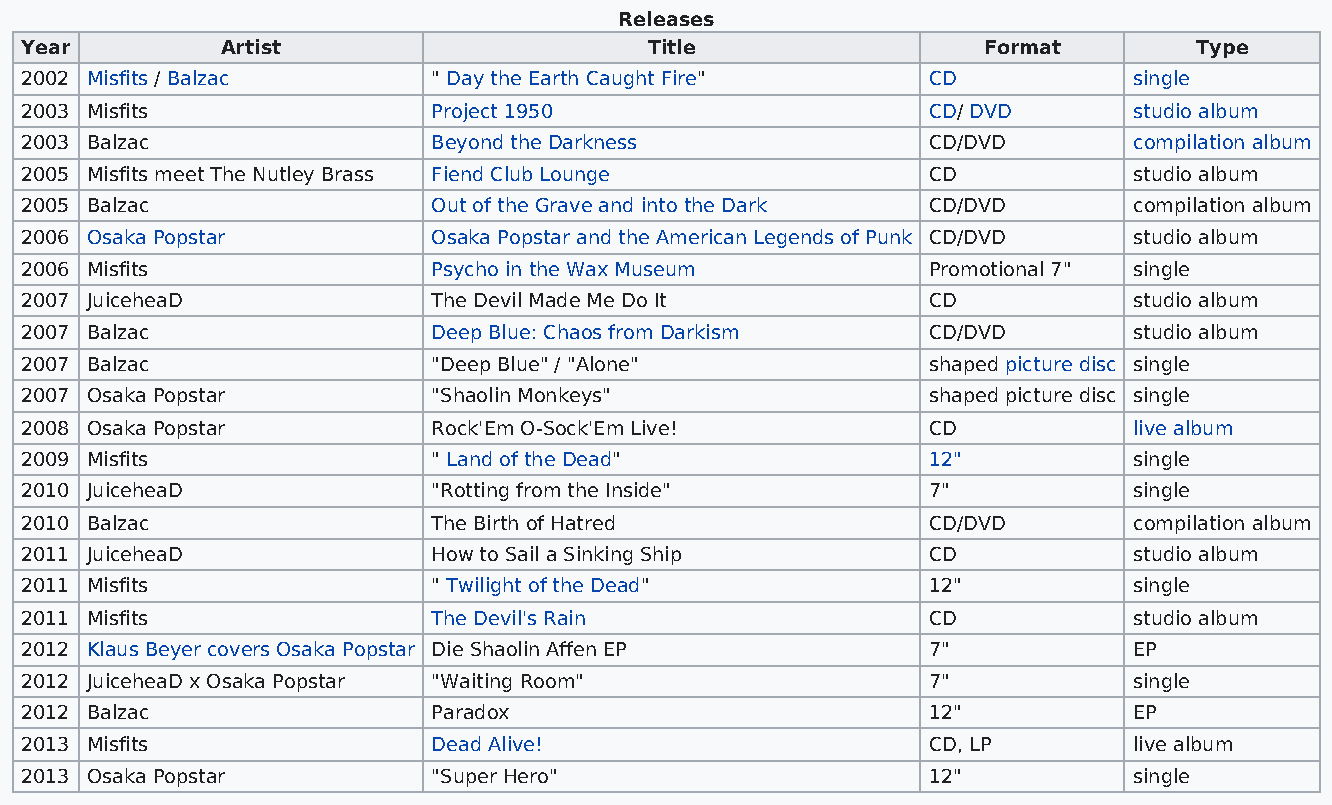
Releases
 Year          Artist                      Title                 Format        Type
 2002 Misfits / Balzac       " Day the Earth Caught Fire"    CD            single
 2003 Misfits                Project 1950                    CD/ DVD       studio album
 2003 Balzac                 Beyond the Darkness             CD/DVD        compilation album
 2005 Misfits meet The Nutley Brass Fiend Club Lounge        CD            studio album
 2005 Balzac                 Out of the Grave and into the Dark CD/DVD     compilation album
 2006 Osaka Popstar          Osaka Popstar and the American Legends of Punk CD/DVD studio album
 2006 Misfits                Psycho in the Wax Museum        Promotional 7" single
 2007 JuiceheaD              The Devil Made Me Do It         CD            studio album
 2007 Balzac                 Deep Blue: Chaos from Darkism   CD/DVD        studio album
 2007 Balzac                 "Deep Blue" / "Alone"           shaped picture disc single
 2007 Osaka Popstar          "Shaolin Monkeys"               shaped picture disc single
 2008 Osaka Popstar          Rock'Em O-Sock'Em Live!         CD            live album
 2009 Misfits                " Land of the Dead"             12"           single
 2010 JuiceheaD              "Rotting from the Inside"       7"            single
 2010 Balzac                 The Birth of Hatred             CD/DVD        compilation album
 2011 JuiceheaD              How to Sail a Sinking Ship      CD            studio album
 2011 Misfits                " Twilight of the Dead"         12"           single
 2011 Misfits                The Devil's Rain                CD            studio album
 2012 Klaus Beyer covers Osaka Popstar Die Shaolin Affen EP  7"            EP
 2012 JuiceheaD x Osaka Popstar "Waiting Room"               7"            single
 2012 Balzac                 Paradox                         12"           EP
 2013 Misfits                Dead Alive!                     CD, LP        live album
 2013 Osaka Popstar          "Super Hero"                    12"           single